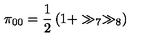
\pi _ { 0 0 } = \frac { 1 } { 2 } \left( 1 + \gg _ { 7 } \gg _ { 8 } \right)